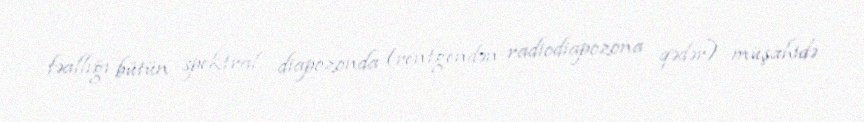
fəallığı bütün spektral diapozonda (rentgendən radiodiapozona qədər) müşahidə